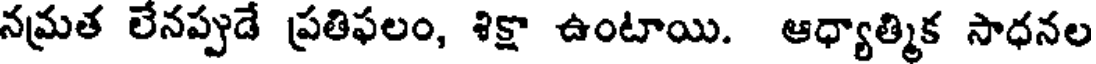
నమ్రత లేనప్పుడే ప్రతిఫలం, శిక్షా ఉంటాయి. ఆధ్యాత్మిక సాధనల